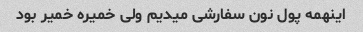
اینهمه پول نون سفارشی میدیم ولی خمیره خمیر بود